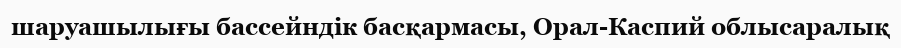
шаруашылығы бассейндік басқармасы, Орал-Каспий облысаралық